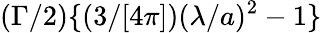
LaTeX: (\Gamma/2)\{ (3/[4\pi])(\lambda/a)^{2}-1\}